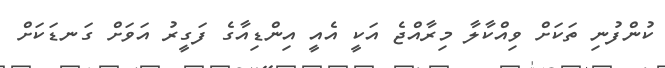
ކުންފުނި ތަކަށް ވިއްކާލާ މިރާއްޖެ އަކީ އެއީ އިންޑިއާގެ ފަގީރު އަވަށް ގަނޑަކަށް